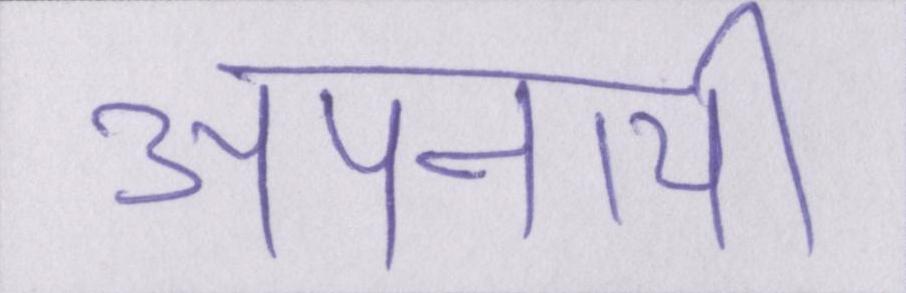
अपनायी